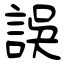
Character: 誤